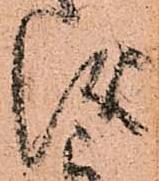
儀